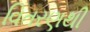
વિતરણથી